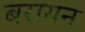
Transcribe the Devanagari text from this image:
बरायन